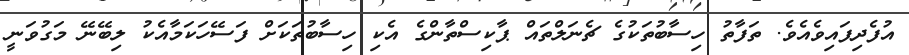
އުފެދިފައިވެއެވެ. ތަފާތު ހިސާބުތަކުގެ ޗެނަލްތައް ޕާކިސްތާންގެ އެކި ހިސާބުތަކަށް ފަސޭހަކަމާއެކު ލިބޭނޭ މަގުވަނީ